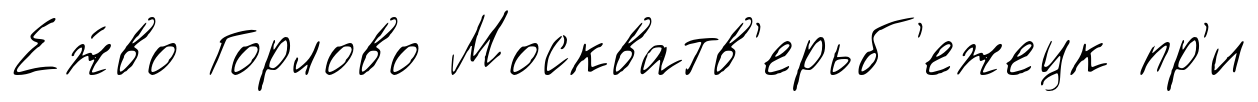
Еж́во Горлово Москватв'ерьб'ежецк пр'и